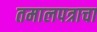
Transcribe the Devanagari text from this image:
तमालपत्राचा